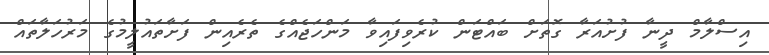
އިސްލާމް ދީނާ ފުށުއަރާ ގޮތަށް ބައްޓަން ކުރެވިފައިވާ މަންހަޖެއްގެ ތެރެއިން ފަށާތައުލީމުގެ މަރުހަލާތައް